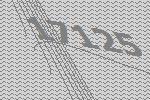
17125